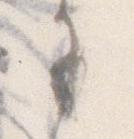
り